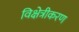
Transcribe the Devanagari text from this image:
विक्षेत्रीकरण